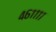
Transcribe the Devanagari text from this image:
४६११११